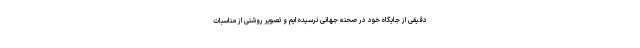
دقیقی از جایگاه خود در صحنه جهانی نرسیده ایم و تصویر روشنی از مناسبات